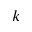
k